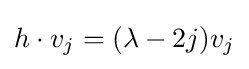
h\cdot v_{j}=(\lambda -2j)v_{j}